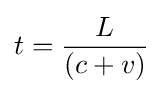
t={\frac {L}{(c+v)}}